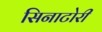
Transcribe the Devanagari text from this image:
सिनाटोरी